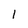
Character: 1